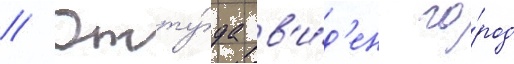
// Отту́да в'и́д'ен го́род